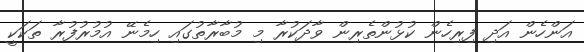
އަންހެން އަދި ފިރިހެން ކުޅުންތެރިން ވާދަކުރާ މި މުބާރާތުގައި ހިމެނޭ އުމުރުފުރާ ތަކަކީ